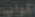
اكواب